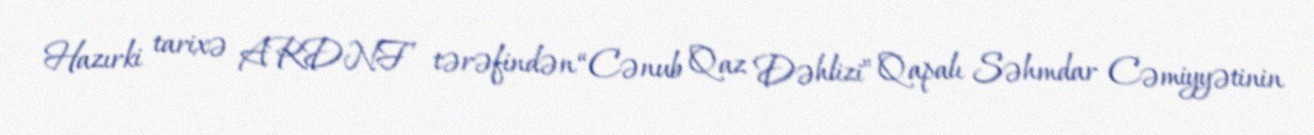
Hazırki tarixə ARDNF tərəfindən “Cənub Qaz Dəhlizi” Qapalı Səhmdar Cəmiyyətinin